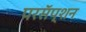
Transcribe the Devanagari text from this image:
परसॅप्शन